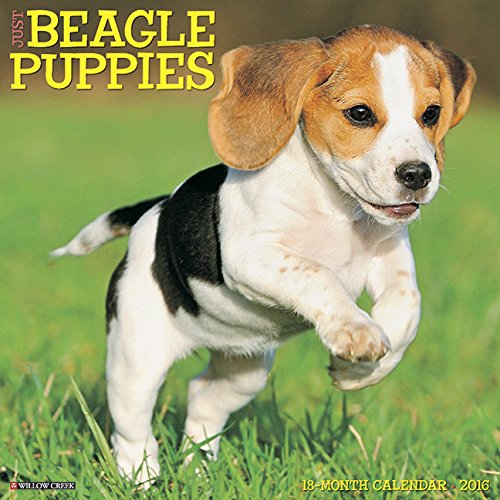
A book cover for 2016 Just Beagle Puppies Wall Calendar; Willow Creek Press; Calendars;